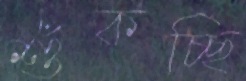
শুঁকচ্ছি